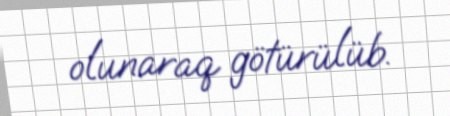
olunaraq götürülüb.